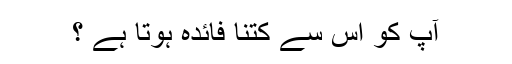
آپ کو اس سے کتنا فائدہ ہوتا ہے ؟